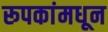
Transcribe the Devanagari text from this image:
रूपकांमधून